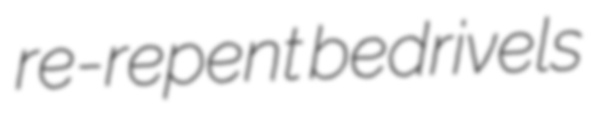
re-repent bedrivels